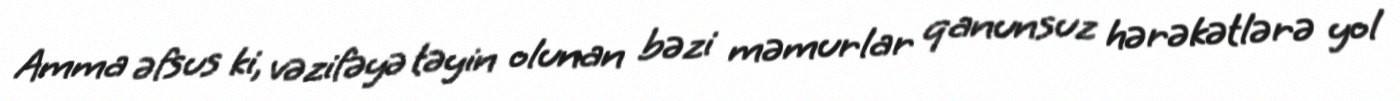
Amma əfsus ki, vəzifəyə təyin olunan bəzi məmurlar qanunsuz hərəkətlərə yol